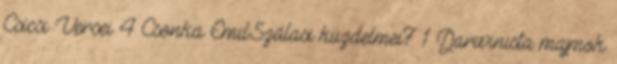
Csicsi Versei 4 Csonka Emil:Szálasi küzdelmei7 1 Darwinista majmok